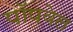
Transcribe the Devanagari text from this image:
पॉपवेल